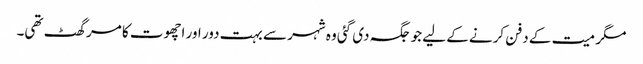
مگر میت کے دفن کرنے کے لیے جو جگہ دی گئی وہ شہر سے بہت دور اور اچھوت کا مرگھٹ تھی۔